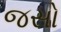
જસો